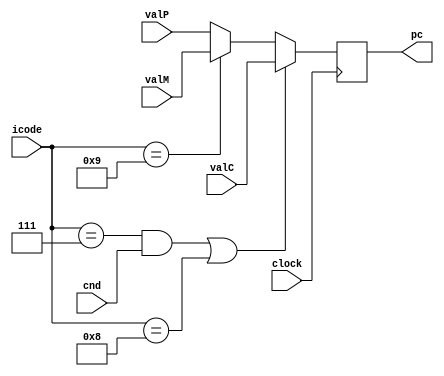
`timescale 1ns/1ps

module pcupdate(clock, cnd, valC, valM, icode, valP, pc);
input clock, cnd;
input [3:0] icode;
input [63:0] valC, valM;
input [0: 63] valP;
output reg [0:63] pc;

initial #2 pc=0;
always @ (posedge clock)
begin
	if(icode==7&&cnd==1||icode==8) 
	pc=valC;
	else if (icode==9)
	pc=valM;
	else
	pc=valP;
$display("PC update is done\n");
$display("PC=%0d", pc);

end
endmodule